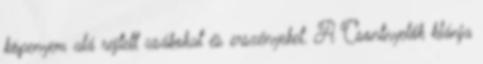
köpenyem alá rejtett zsákokat és erszényeket. A Csontnyelők klánja